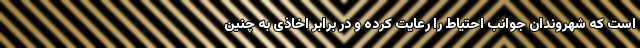
است که شهروندان جوانب احتیاط را رعایت کرده و در برابر اخاذی به چنین